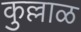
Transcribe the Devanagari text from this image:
कुल्लाळ